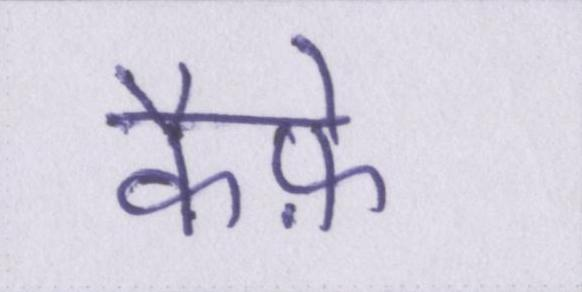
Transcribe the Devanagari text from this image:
कैफ़े